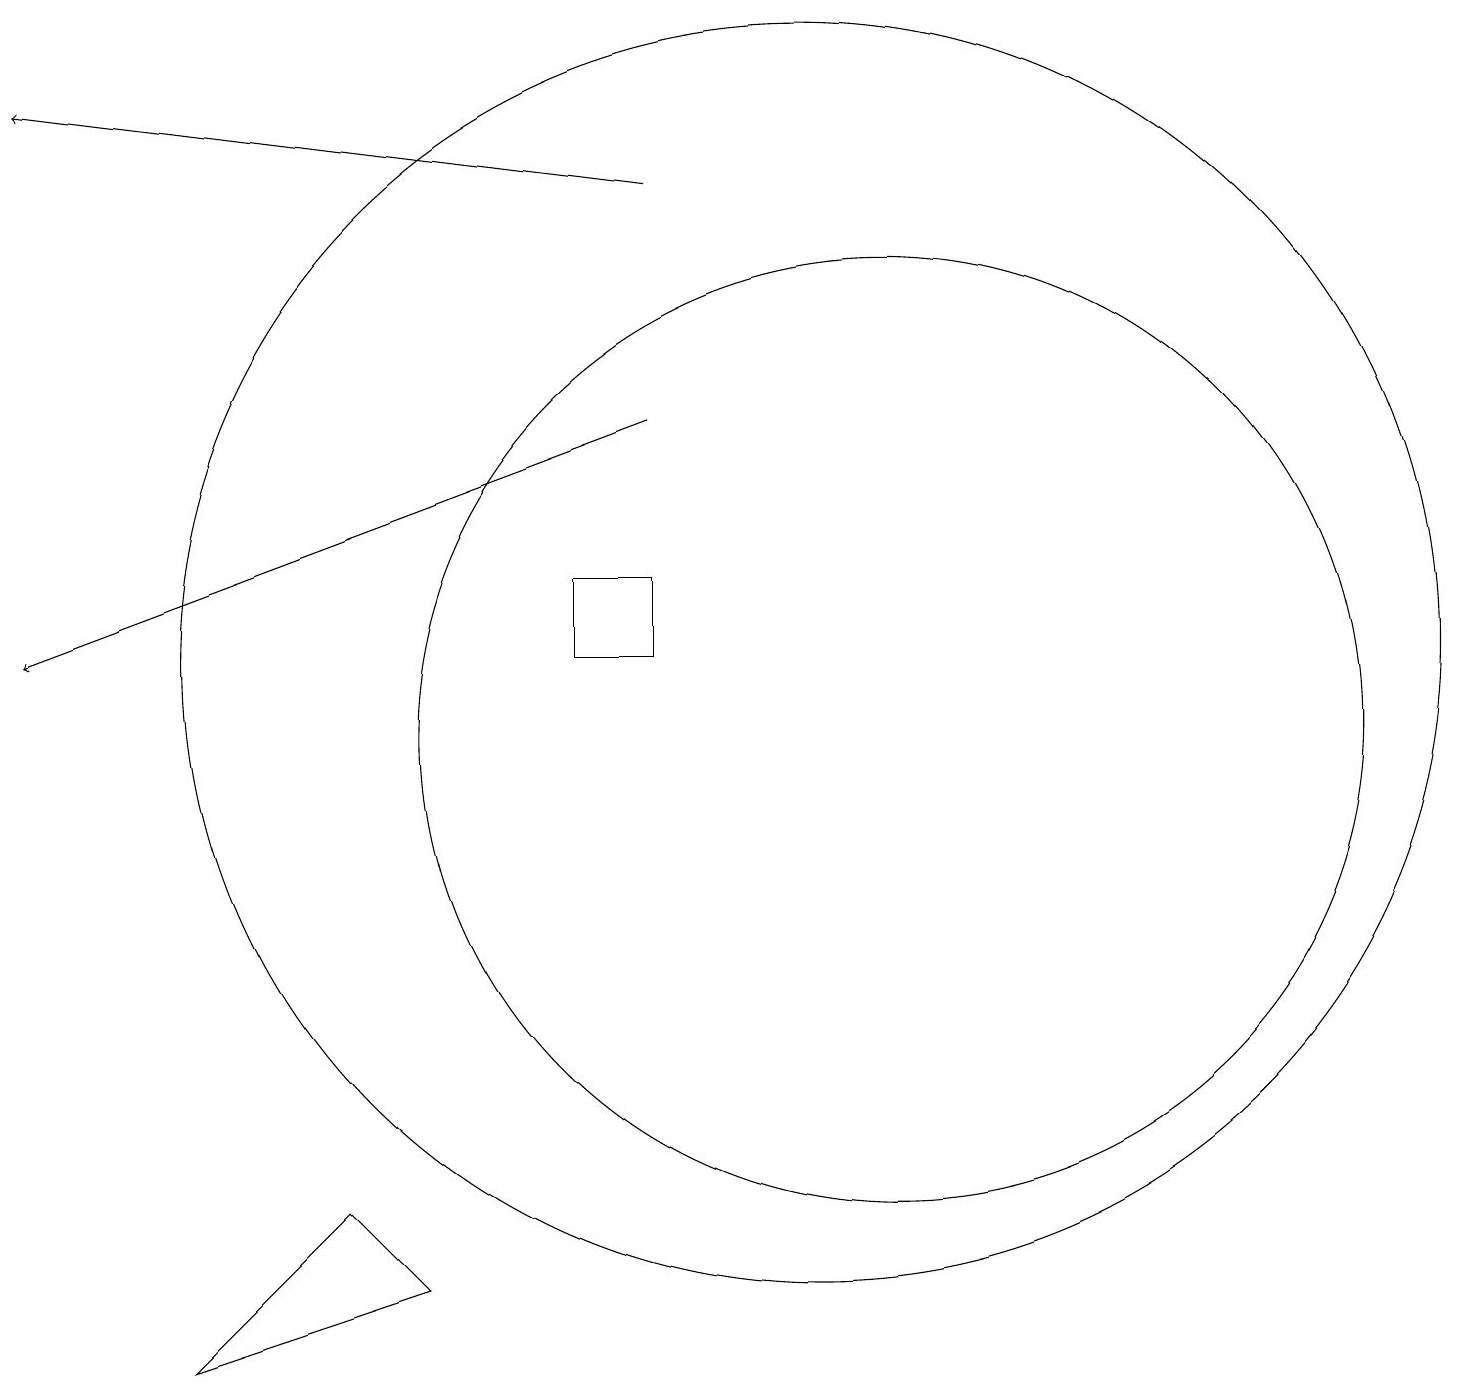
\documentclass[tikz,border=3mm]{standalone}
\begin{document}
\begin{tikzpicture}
\draw (11,12) circle (8);
\draw (5,5) -- (6,4) -- (3,3) -- cycle;
\draw (8,13) rectangle (9,12);
\draw[->] (9,18) -- (1,19);
\draw[->] (9,15) -- (1,12);
\draw (12,11) circle (6);
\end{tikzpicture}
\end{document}